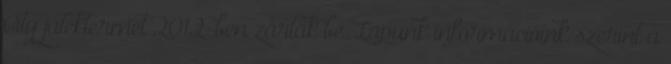
City játéktermet 2012-ben zárták be. Lapunk információink szerint a